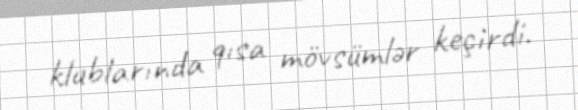
klublarında qısa mövsümlər keçirdi.